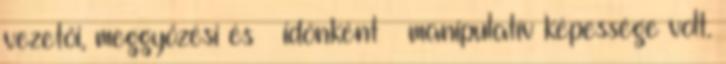
vezetői, meggyőzési és – időnként – manipulatív képessége volt.